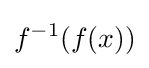
f^{-1}(f(x))